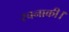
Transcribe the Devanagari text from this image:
रचनाकी।